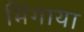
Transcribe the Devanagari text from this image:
भिंगाया